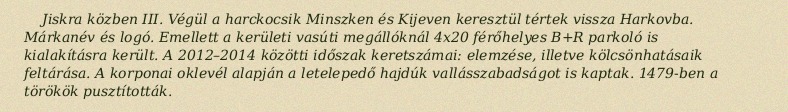
Jiskra közben III. Végül a harckocsik Minszken és Kijeven keresztül tértek vissza Harkovba. Márkanév és logó. Emellett a kerületi vasúti megállóknál 4x20 férőhelyes B+R parkoló is kialakításra került. A 2012–2014 közötti időszak keretszámai: elemzése, illetve kölcsönhatásaik feltárása. A korponai oklevél alapján a letelepedő hajdúk vallásszabadságot is kaptak. 1479-ben a törökök pusztították.